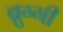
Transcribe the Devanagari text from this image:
ब्रुग्गी